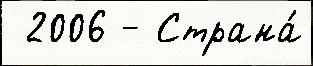
 2006 - Страна́